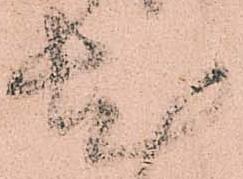
尤